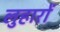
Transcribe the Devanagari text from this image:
लुहारों